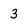
Character: 3